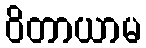
ဝိတာယာမ